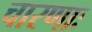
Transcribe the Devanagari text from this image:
चारणाः